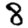
Digit: 8